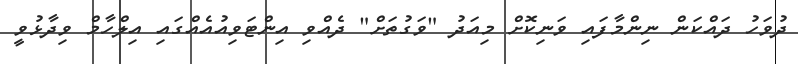
ދުވަހު ދައްކަން ނިންމާފައި ވަނިކޮށް މިއަދު "ވަގުތަށް" ދެއްވި އިންޓަވިއުއެއްގައި އިލްހާމް ވިދާޅުވީ